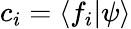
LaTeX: c_{i}=\langle f_{i}|\psi\rangle